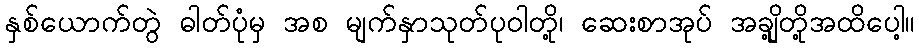
နှစ်ယောက်တွဲ ဓါတ်ပုံမှ အစ မျက်နှာသုတ်ပုဝါတို့၊ ဆေးစာအုပ် အချို့တို့အထိပေါ့။